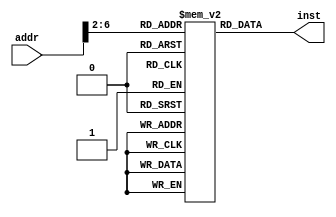
`timescale 1ns / 1ps
module InstMem(   
input[31:0] addr,
output[31:0] inst
    );
    reg[31:0] Mem[0:16];
    initial begin
    Mem[0] = 32'b00001000000000000000000000000100;                           //00001000000000000000000000000100;    // j 
    Mem[1] = 32'b10001101000000010000000000000100;                          //00000000000000000000000000000000;   // and
    Mem[2] = 32'b00000000000000000000000000000000;                           //00000000000000000000000000000000;     // nop
    Mem[3] = 32'b00000000000010000000000000000000;                           //000000 00000 00000 00000 00000 000000;   // nop
    Mem[4] = 32'b10001100000000010000000000000100;                           //100011 00000 00001 0000000000000100;    // lw 
    Mem[5] = 32'b10001100000000100000000000001000;                           //100011 00000 00010 0000000000001000;     // lw 
    Mem[6] = 32'b00000000001000100001100000100000;                           //000000 00001 00010 00011 00000 100000;     // add 
    Mem[7] = 32'b00000000001000100010000000100010;                           //000000 00001 00010 00100 00000 100010; // sub 
    Mem[8] = 32'b00000000001001000010100000100100;                           //000000 00001 00100 00101 00000 100100;    // and 
    Mem[9] = 32'b00000000010001000011000000100101;                           //000000 00010 00100 00110 00000 100101;   // or 
    Mem[10] = 32'b00000000010000010011100000101010;                          //000000 00010 00001 00111 00000 101010;    // slt 
    Mem[11] = 32'b00010000101001110000000000000011;                           //000100 00101 00111 0000000000000011;   // beq 
    Mem[12] = 32'b00100000001000000000000000000001;                           //001000 00001 00000 0000000000000001;   // addi
    Mem[13] = 32'b00000000000000100000000000100110;                          //000000 00000 00010 00000 00000 100110;     // xor
    Mem[14] = 32'b00000000000000000000000000000000;                           //000000 00000 00000 00000 00000 000000;     // nop
    Mem[15] = 32'b10101100000000110000000000000100;                           //101011 00000 00011 0000000000000100;      // sw 
    Mem[16] = 32'b00001000000000000000000000000100;                           //000010 00000000000000000000000100;      //j
end
    assign inst = Mem[{2'b00,addr[31:2]}];  //
endmodule